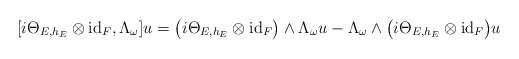
\begin{align*} [i\Theta_{E,h_E}\otimes \mathrm{id}_F,\Lambda_\omega]u=\bigl(i\Theta_{E,h_E}\otimes \mathrm{id}_F\bigr) \wedge\Lambda_\omega u-\Lambda_\omega \wedge \bigl(i\Theta_{E,h_E}\otimes \mathrm{id}_F\bigr) u \end{align*}